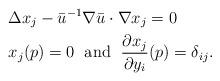
LaTeX: \begin{align*}&\Delta x_j - \bar u^{-1} \nabla \bar u \cdot \nabla x_j=0 \\&x_j (p)=0 \; \mbox{ and }\; \frac{\partial x_j}{\partial y_i } (p) = \delta_{ij}.\end{align*}